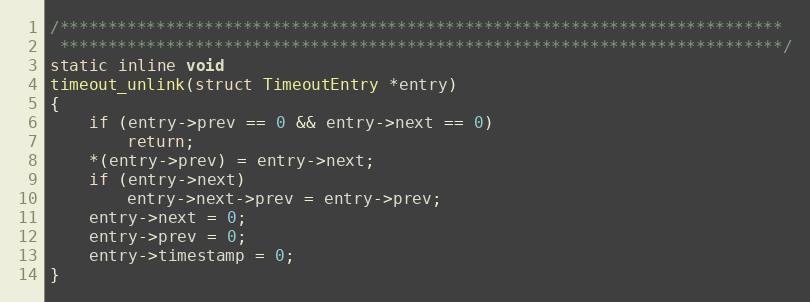
Language: C
/***************************************************************************
 ***************************************************************************/
static inline void
timeout_unlink(struct TimeoutEntry *entry)
{
    if (entry->prev == 0 && entry->next == 0)
        return;
    *(entry->prev) = entry->next;
    if (entry->next)
        entry->next->prev = entry->prev;
    entry->next = 0;
    entry->prev = 0;
    entry->timestamp = 0;
}